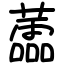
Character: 蘦